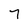
Character: 7